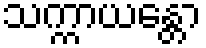
သက္ကာယန္တော